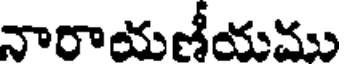
నారాయణీయము